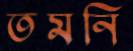
তমনি